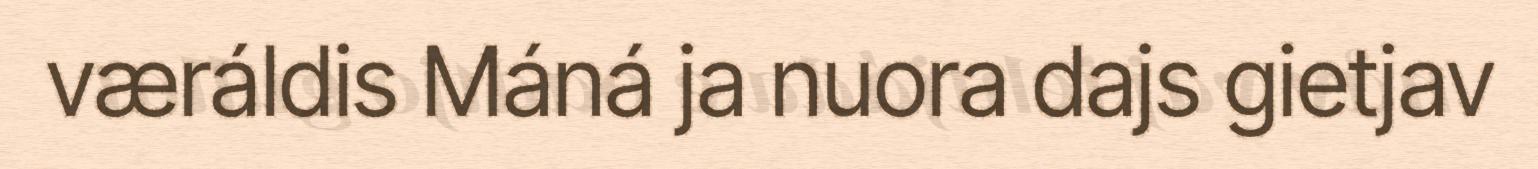
væráldis Máná ja nuora dajs gietjav